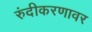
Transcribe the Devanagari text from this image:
रुंदीकरणावर